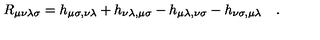
R _ { \mu \nu \lambda \sigma } = h _ { \mu \sigma , \nu \lambda } + h _ { \nu \lambda , \mu \sigma } - h _ { \mu \lambda , \nu \sigma } - h _ { \nu \sigma , \mu \lambda } \quad .